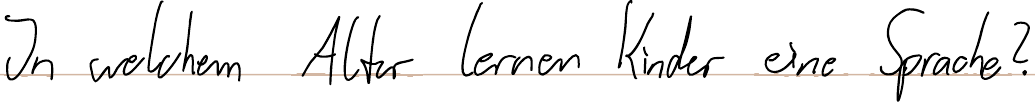
In welchem Alter lernen Kinder eine Sprache?